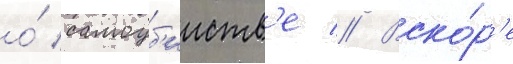
о́ самоуб'ииств'е // Вско́р'е